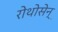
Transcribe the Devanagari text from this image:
रोथोसेन्